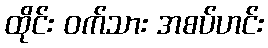
ထိုင်း ဝက်သား အစပ်ဟင်း